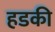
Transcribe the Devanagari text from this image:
हडकी